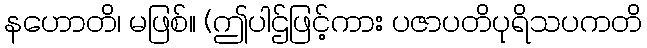
နဟောတိ၊ မဖြစ်။ (ဤပါဌ်ဖြင့်ကား ပဇာပတိပုရိသပကတိ